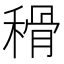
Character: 𥠳